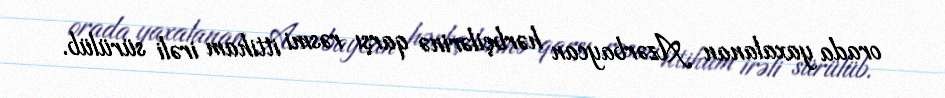
orada yaxalanan Azərbaycan hərbçilərinə qarşı rəsmi ittiham irəli sürülüb.